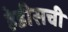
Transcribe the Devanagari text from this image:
हेडीसची